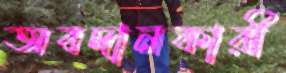
অবদানকারী